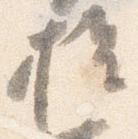
権